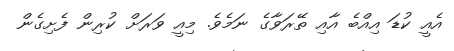
އެއީ ކުޑަ އިއްބެ އާއި ތޭރަވާގެ ނަމެވެ. މިއީ ވަރަށް ކުރިން ފެށިގެން